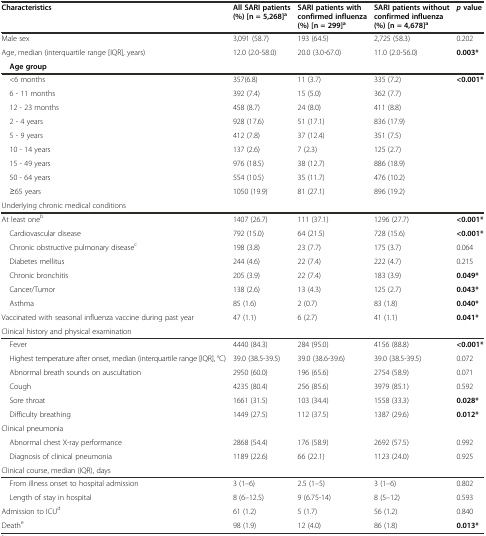
<table><thead><tr><td><b>Characteristics</b></td><td><b>All SARI patients (%) [n = 5,268]<sup>a</sup></b></td><td><b>SARI patients with confirmed influenza (%) [n = 299]<sup>a</sup></b></td><td><b>SARI patients without confirmed influenza (%) [n = 4,678]<sup>a</sup></b></td><td><b><i>p</i>value</b></td></tr></thead><tbody><tr><td>Male sex</td><td>3,091 (58.7)</td><td>193 (64.5)</td><td>2,725 (58.3)</td><td>0.202</td></tr><tr><td>Age, median (interquartile range [IQR], years)</td><td>12.0 (2.0-58.0)</td><td>20.0 (3.0-67.0)</td><td>11.0 (2.0-56.0)</td><td><b>0.003</b><b>*</b></td></tr><tr><td colspan="5"> <b>Age group</b></td></tr><tr><td> &lt;6 months</td><td>357(6.8)</td><td>11 (3.7)</td><td>335 (7.2)</td><td rowspan="9"><b>&lt;0.001</b><b>*</b></td></tr><tr><td> 6 - 11 months</td><td>392 (7.4)</td><td>15 (5.0)</td><td>362 (7.7)</td></tr><tr><td> 12 - 23 months</td><td>458 (8.7)</td><td>24 (8.0)</td><td>411 (8.8)</td></tr><tr><td> 2 - 4 years</td><td>928 (17.6)</td><td>51 (17.1)</td><td>836 (17.9)</td></tr><tr><td> 5 - 9 years</td><td>412 (7.8)</td><td>37 (12.4)</td><td>351 (7.5)</td></tr><tr><td> 10 - 14 years</td><td>137 (2.6)</td><td>7 (2.3)</td><td>125 (2.7)</td></tr><tr><td> 15 - 49 years</td><td>976 (18.5)</td><td>38 (12.7)</td><td>886 (18.9)</td></tr><tr><td> 50 - 64 years</td><td>554 (10.5)</td><td>35 (11.7)</td><td>476 (10.2)</td></tr><tr><td> ≥65 years</td><td>1050 (19.9)</td><td>81 (27.1)</td><td>896 (19.2)</td></tr><tr><td colspan="5">Underlying chronic medical conditions</td></tr><tr><td>At least one<sup>b</sup></td><td>1407 (26.7)</td><td>111 (37.1)</td><td>1296 (27.7)</td><td><b>&lt;0.001</b><b>*</b></td></tr><tr><td> Cardiovascular disease</td><td>792 (15.0)</td><td>64 (21.5)</td><td>728 (15.6)</td><td><b>&lt;0.001</b><b>*</b></td></tr><tr><td> Chronic obstructive pulmonary disease<sup>c</sup></td><td>198 (3.8)</td><td>23 (7.7)</td><td>175 (3.7)</td><td>0.064</td></tr><tr><td> Diabetes mellitus</td><td>244 (4.6)</td><td>22 (7.4)</td><td>222 (4.7)</td><td>0.215</td></tr><tr><td> Chronic bronchitis</td><td>205 (3.9)</td><td>22 (7.4)</td><td>183 (3.9)</td><td><b>0.049</b><b>*</b></td></tr><tr><td> Cancer/Tumor</td><td>138 (2.6)</td><td>13 (4.3)</td><td>125 (2.7)</td><td><b>0.043</b><b>*</b></td></tr><tr><td> Asthma</td><td>85 (1.6)</td><td>2 (0.7)</td><td>83 (1.8)</td><td><b>0.040</b><b>*</b></td></tr><tr><td>Vaccinated with seasonal influenza vaccine during past year</td><td>47 (1.1)</td><td>6 (2.7)</td><td>41 (1.1)</td><td><b>0.041</b><b>*</b></td></tr><tr><td colspan="5">Clinical history and physical examination</td></tr><tr><td> Fever</td><td>4440 (84.3)</td><td>284 (95.0)</td><td>4156 (88.8)</td><td><b>&lt;0.001</b><b>*</b></td></tr><tr><td> Highest temperature after onset, median (interquartile range [IQR], °C)</td><td>39.0 (38.5-39.5)</td><td>39.0 (38.6-39.6)</td><td>39.0 (38.5-39.5)</td><td>0.072</td></tr><tr><td> Abnormal breath sounds on auscultation</td><td>2950 (60.0)</td><td>196 (65.6)</td><td>2754 (58.9)</td><td>0.071</td></tr><tr><td> Cough</td><td>4235 (80.4)</td><td>256 (85.6)</td><td>3979 (85.1)</td><td>0.592</td></tr><tr><td> Sore throat</td><td>1661 (31.5)</td><td>103 (34.4)</td><td>1558 (33.3)</td><td><b>0.028</b><b>*</b></td></tr><tr><td> Difficulty breathing</td><td>1449 (27.5)</td><td>112 (37.5)</td><td>1387 (29.6)</td><td><b>0.012</b><b>*</b></td></tr><tr><td>Clinical pneumonia</td><td></td><td></td><td></td><td></td></tr><tr><td> Abnormal chest X-ray performance</td><td>2868 (54.4)</td><td>176 (58.9)</td><td>2692 (57.5)</td><td>0.992</td></tr><tr><td> Diagnosis of clinical pneumonia</td><td>1189 (22.6)</td><td>66 (22.1)</td><td>1123 (24.0)</td><td>0.925</td></tr><tr><td colspan="5">Clinical course, median (IQR), days</td></tr><tr><td> From illness onset to hospital admission</td><td>3 (1–6)</td><td>2.5 (1–5)</td><td>3 (1–6)</td><td>0.802</td></tr><tr><td> Length of stay in hospital</td><td>8 (6–12.5)</td><td>9 (6.75-14)</td><td>8 (5–12)</td><td>0.593</td></tr><tr><td>Admission to ICU<sup>d</sup></td><td>61 (1.2)</td><td>5 (1.7)</td><td>56 (1.2)</td><td>0.840</td></tr><tr><td>Death<sup>e</sup></td><td>98 (1.9)</td><td>12 (4.0)</td><td>86 (1.8)</td><td><b>0.013</b><b>*</b></td></tr></tbody></table>